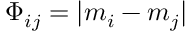
\Phi _ { i j } = | m _ { i } - m _ { j } |